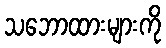
သဘောထားများကို